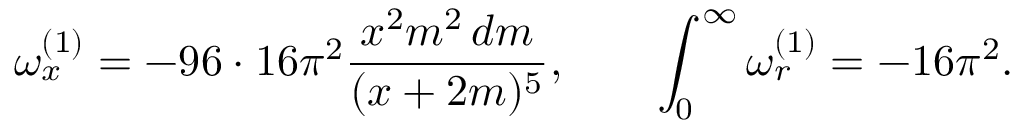
\omega _ { x } ^ { ( 1 ) } = - 9 6 \cdot 1 6 \pi ^ { 2 } { \frac { x ^ { 2 } m ^ { 2 } \, d m } { ( x + 2 m ) ^ { 5 } } } , \quad \quad \int _ { 0 } ^ { \infty } \omega _ { r } ^ { ( 1 ) } = - 1 6 \pi ^ { 2 } .